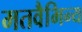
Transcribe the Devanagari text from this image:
मतवैभिन्य